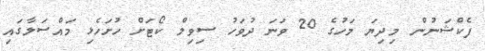
ފެކްޝަނުން މިދިޔަ މަހުގެ 20 ވަނަ ދުވަހު ސިވިލް ކޯޓަށް ހުށަހެޅި މައްސަލާގައި